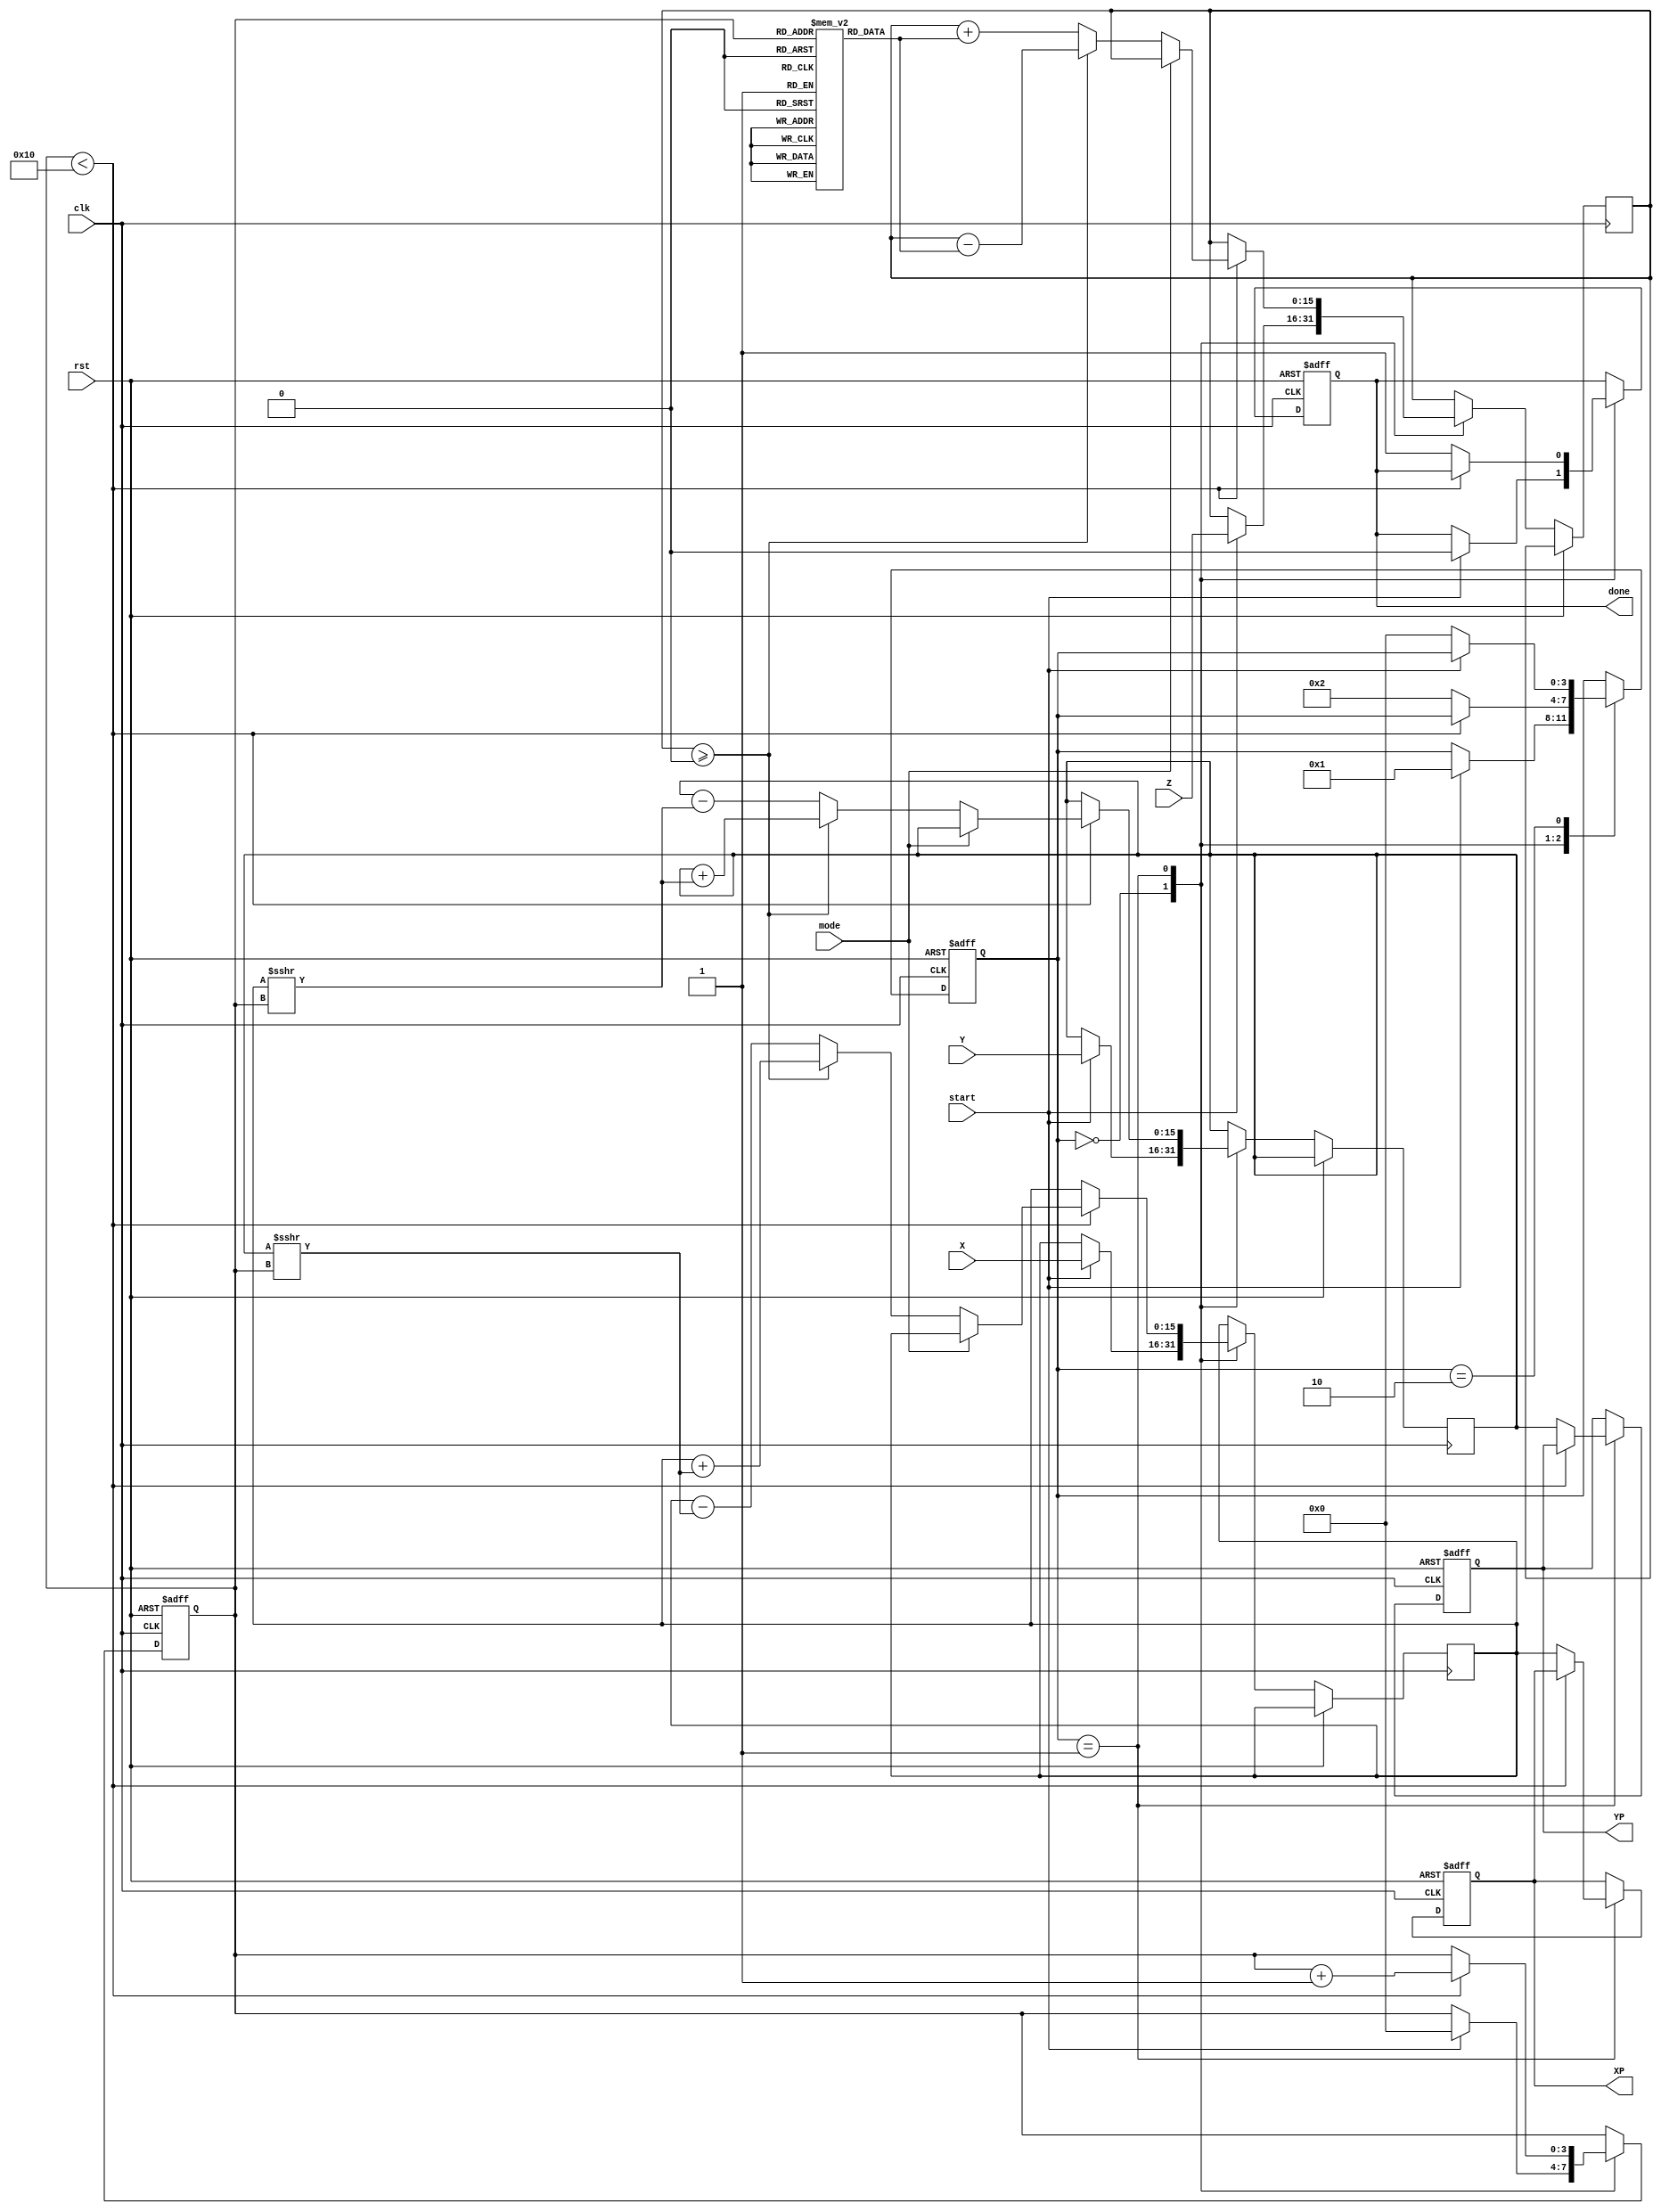
module hyperbolic_cordic(
    input wire clk,
    input wire rst,
    input wire start,
    input wire mode, // 0 for sinh/cosh, 1 for cosh/sinh
    input wire [15:0] X, // Fixed-point representation of x-coordinate
    input wire [15:0] Y, // Fixed-point representation of y-coordinate
    input wire [15:0] Z, // Fixed-point representation of angle
    output reg [15:0] XP, // Resultant x-coordinate
    output reg [15:0] YP, // Resultant y-coordinate
    output reg done // Completion signal
);

    // Define parameters
    parameter NUM_ITERATIONS = 16;
    reg [15:0] x_reg, y_reg, z_reg;
    reg [3:0] state;
    reg [3:0] count;
    
    // CORDIC rotation angles for hyperbolic functions
    reg [15:0] atanH_table [0:NUM_ITERATIONS-1];
    
    // Initialize the lookup table
    initial begin
        atanH_table[0] = 16'h0000; // atanh(1/2^0)
        atanH_table[1] = 16'h1000; // atanh(1/2^1)
        atanH_table[2] = 16'h2000; // atanh(1/2^2)
        atanH_table[3] = 16'h3000; // atanh(1/2^3)
        // ... Fill in the rest of the table
    end

    // State machine definition
    parameter IDLE = 0, COMPUTE = 1, DONE = 2;
    
    // Main sequential logic
    always @(posedge clk or posedge rst) begin
        if (rst) begin
            state <= IDLE;
            done <= 0;
            count <= 0;
            XP <= 0;
            YP <= 0;
        end else begin
            case (state)
                IDLE: begin
                    if (start) begin
                        x_reg <= X;
                        y_reg <= Y;
                        z_reg <= Z;
                        count <= 0;
                        done <= 0;
                        state <= COMPUTE;
                    end
                end
                
                COMPUTE: begin
                    if (count < NUM_ITERATIONS) begin
                        // Perform rotation based on the mode
                        if (mode == 0) begin // sinh/cosh
                            if (z_reg >= 0) begin
                                x_reg <= x_reg + (y_reg >>> count);
                                y_reg <= y_reg + (x_reg >>> count);
                                z_reg <= z_reg - atanH_table[count];
                            end else begin
                                x_reg <= x_reg - (y_reg >>> count);
                                y_reg <= y_reg - (x_reg >>> count);
                                z_reg <= z_reg + atanH_table[count];
                            end
                        end else begin // cosh/sinh
                            // Similar logic but for cosh/sinh
                        end
                        count <= count + 1;
                    end else begin
                        XP <= x_reg; // Store the result
                        YP <= y_reg;
                        done <= 1;
                        state <= DONE;
                    end
                end
                
                DONE: begin
                    if (!start) begin // Return to idle state
                        state <= IDLE;
                    end
                end
            endcase
        end
    end
endmodule